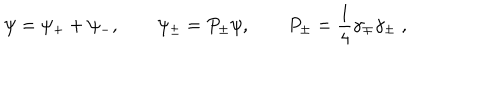
LaTeX: \psi = \psi _ { + } + \psi _ { - } , \qquad \psi _ { \pm } = P _ { \pm } \psi , \qquad P _ { \pm } = \frac { 1 } { 4 } \gamma _ { \mp } \gamma _ { \pm } \; ,